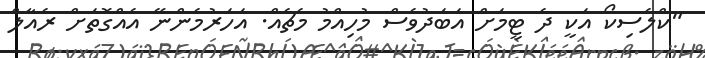
"ކްލެސިކޯ އަކީ ދެ ޓީމަށް އަބަދުވެސް މުހިއްމު މެޗެއް. އަހަރުމެންނޭ އެއްގޮތަށް ރެއާލް